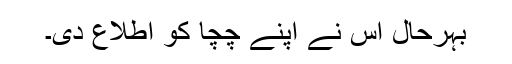
بہرحال اس نے اپنے چچا کو اطلاع دی۔